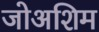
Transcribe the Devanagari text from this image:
जोअशिम